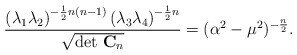
\begin{align*}\frac{\left(\lambda_1\lambda_2\right)^{-\frac{1}{2}n\left(n-1\right)} \left(\lambda_3\lambda_4\right)^{-\frac{1}{2} n}}{\sqrt{{\rm det} \ \bold{C}_n}} = (\alpha^2 - \mu^2)^{-\frac{n}{2}}.\end{align*}